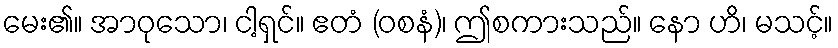
မေး၏။ အာဝုသော၊ ငါ့ရှင်။ ဧတံ (ဝစနံ)၊ ဤစကားသည်။ နော ဟိ၊ မသင့်။